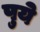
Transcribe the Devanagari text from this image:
पुये